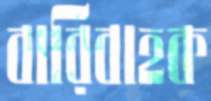
বারিবাহক